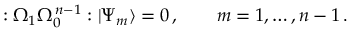
: \Omega _ { 1 } \Omega _ { 0 } ^ { \, n - 1 } : | \Psi _ { m } \rangle = 0 \, , \qquad m = 1 , \dots , n - 1 \, .